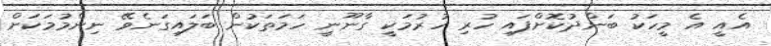
އެއީ އެ މީހަކު ބަންދުކޮށްފައި ހުރި ހުރުމަކީ ގާނޫނީ ހަމަތަކުން ބަލައިގަނެވޭ ނިންމުމަކަށް